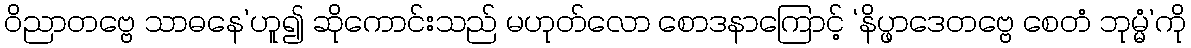
ဝိညာတဗ္ဗေ သာဓနေ’ဟူ၍ ဆိုကောင်းသည် မဟုတ်လော စောဒနာကြောင့် ‘နိပ္ဖာဒေတဗ္ဗေ စေတံ ဘုမ္မံ’ကို